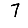
Digit: 7